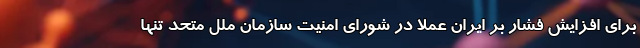
برای افزایش فشار بر ایران عملاً در شورای امنیت سازمان ملل متحد تنها